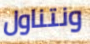
ونتناول